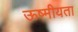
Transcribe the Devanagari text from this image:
ऊष्मीयता